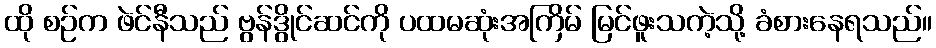
ထို စဉ်က ဖဲင်နီသည် ဗွန်ဒွိုင်ဆင်ကို ပထမဆုံးအကြိမ် မြင်ဖူးသကဲ့သို့ ခံစားနေရသည်။